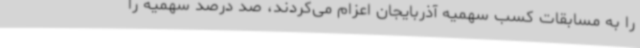
را به مسابقات کسب سهمیه آذربایجان اعزام می‌کردند، صد درصد سهمیه را